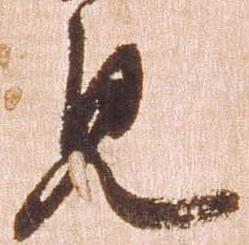
見